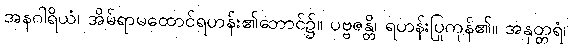
အနဂါရိယံ၊ အိမ်ရာမထောင်ရဟန်း၏ဘောင်၌။ ပဗ္ဗဇန္တိ၊ ရဟန်းပြုကုန်၏။ အနုတ္တရံ၊